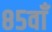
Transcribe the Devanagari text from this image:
८५वाँ